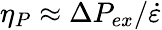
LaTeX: \eta_{P}\approx\Delta P_{ex}/\dot{\varepsilon}